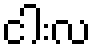
ငါးလ